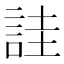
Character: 詿